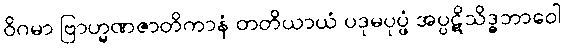
ဝိဂမာ ဗြာဟ္မဏဇာတိကာနံ တတိယာယံ ပဒုမပုပ္ဖံ အပ္ပဋိသိဒ္ဓဘာဝေါ